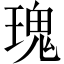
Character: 瑰